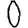
Digit: 0